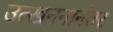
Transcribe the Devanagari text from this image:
उत्खननानंतर